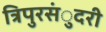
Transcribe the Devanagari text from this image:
त्रिपुरसंुदरी